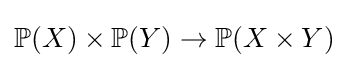
\mathbb {P} (X)\times \mathbb {P} (Y)\to \mathbb {P} (X\times Y)